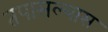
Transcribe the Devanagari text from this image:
तपासल्यास